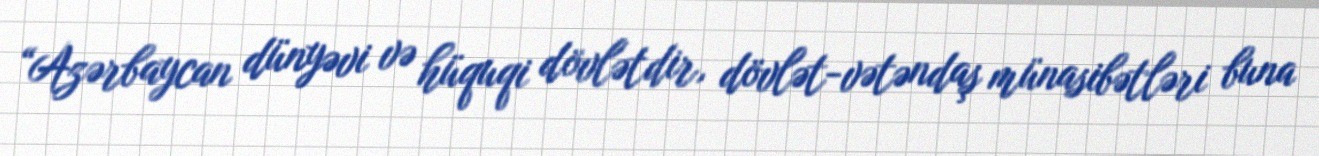
“Azərbaycan dünyəvi və hüquqi dövlətdir, dövlət-vətəndaş münasibətləri buna